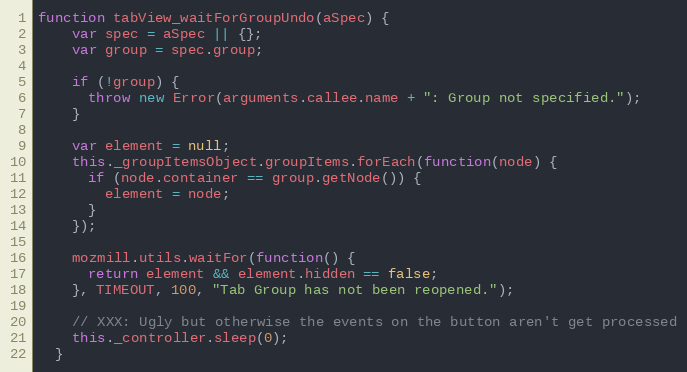
Language: JavaScript
function tabView_waitForGroupUndo(aSpec) {
    var spec = aSpec || {};
    var group = spec.group;

    if (!group) {
      throw new Error(arguments.callee.name + ": Group not specified.");
    }

    var element = null;
    this._groupItemsObject.groupItems.forEach(function(node) {
      if (node.container == group.getNode()) {
        element = node;
      }
    });

    mozmill.utils.waitFor(function() {
      return element && element.hidden == false;
    }, TIMEOUT, 100, "Tab Group has not been reopened.");

    // XXX: Ugly but otherwise the events on the button aren't get processed
    this._controller.sleep(0);
  }